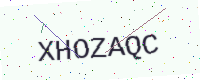
Text: XHOZAQC